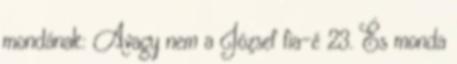
mondának: Avagy nem a József fia−é 23. És monda